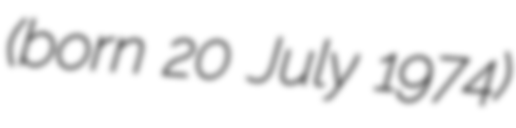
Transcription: (born 20 July 1974)